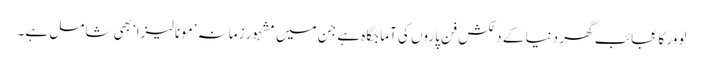
لوور کا عجائب گھر دنیا کے دلکش فن پاروں کی آماجگاہ ہے جن میں مشہور زمانہ ’مونا لیزا‘ بھی شامل ہے۔